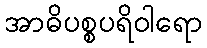
အာဓိပစ္စပရိဝါရော